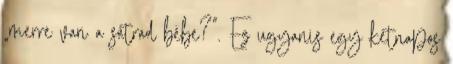
„merre van a sátrad bébe?”. Ez ugyanis egy kétnapos